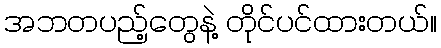
အဘတပည့်တွေနဲ့ တိုင်ပင်ထားတယ်။